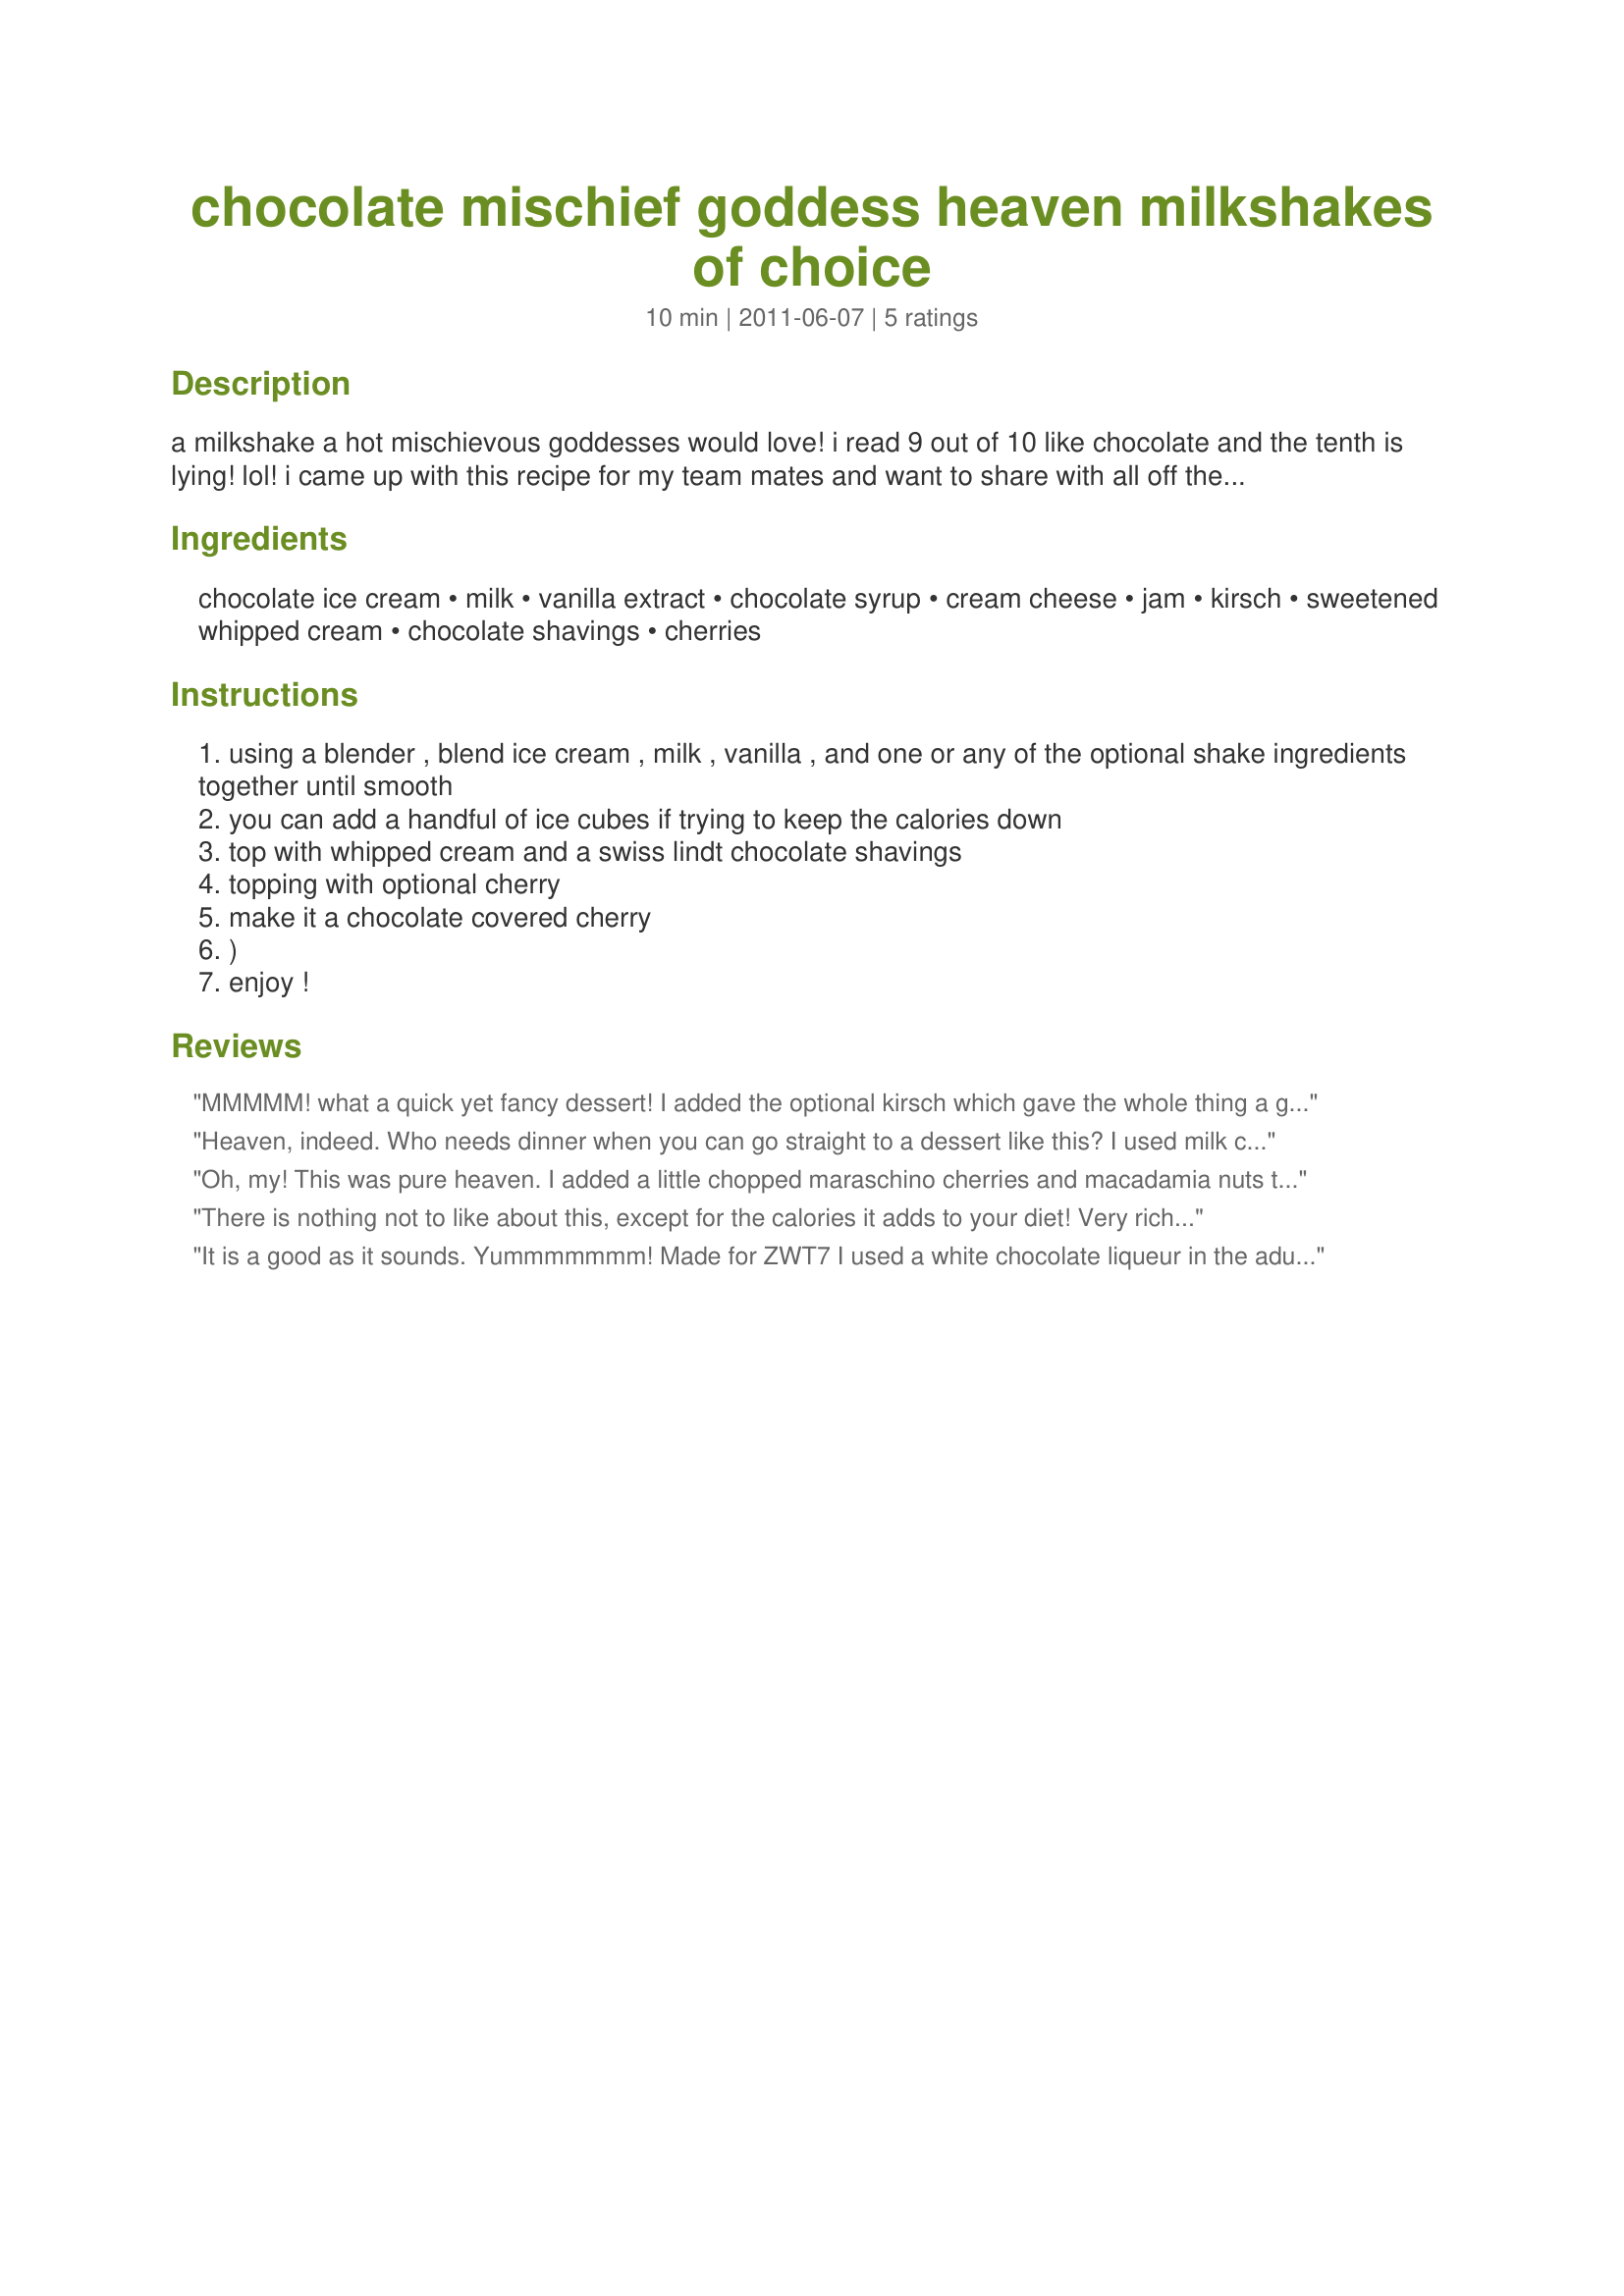
chocolate mischief goddess heaven milkshakes of choice
Preparation time: 10 minutes

a milkshake a hot mischievous goddesses would love!
i read 9 out of 10 like chocolate and the tenth is lying! lol!
i came up with this recipe for my team mates and want to share with all off the tour. made with optional ingredients switzerland is known for.
the swiss are known for chocolate, cream, cheese, jams and kirsh!
liqueur can be a choice of what you enjoy. pick from kirsh, premium cresta swiss chocolate liqueur, absinthe, goldschläger, williams, a fruit brandy made from pears, pflümli aswiss fruit brandy made from fermented plums, or himbeergeist a schnapps made from swiss ripe raspberries macerated, distilled, and aged in cellars. it is extremely fruity, and it is served as a digestif.
do take note these are all optional. serve with booze to those of drinking age. i can't wait to see what mixes you create.

Ingredients:
chocolate ice cream, milk, vanilla extract, chocolate syrup, cream cheese, jam, kirsch, sweetened whipped cream, chocolate shavings, cherries

Steps:
using a blender , blend ice cream , milk , vanilla , and one or any of the optional shake ingredients together until smooth
you can add a handful of ice cubes if trying to keep the calories down
top with whipped cream and a swiss lindt chocolate shavings
topping with optional cherry
make it a chocolate covered cherry
)
enjoy !

Reviews:
MMMMM! what a quick yet fancy dessert! I added the optional kirsch which gave the whole thing a great black forest taste. I also halved the milk since I was using a magic bullet instead of a regular blender. Next time I'll add the extra chocolate sauce too to give it an even richer flavor. This will be fun to experiment with; I love all the ideas for add-ins! Made in ZWT7 as a feelow Mischief Maker :)
Heaven, indeed. Who needs dinner when you can go straight to a dessert like this? I used milk chocolate ice cream, white chocolate liqueur, Grand Marnier, and orange marmalade swirled with chocolate syrup and it was delightful!
Oh, my! This was pure heaven. I added a little chopped maraschino cherries and macadamia nuts to my milkshake, to make a nutty chocolate cherry milkshake. It was delicious. The kirsch was a nice touch. I had to try this, and I am so glad I did. Thanks, Rita~. Made for ZWT7, Mischief Makers (for whom this drink was created!)
There is nothing not to like about this, except for the calories it adds to your diet! Very rich and delicious! I used black cherry jam, to go with the kirsch. Thanks for posting! Made for ZWT7.
It is a good as it sounds. Yummmmmmm! Made for ZWT7 I used a white chocolate liqueur in the adults drinks.
